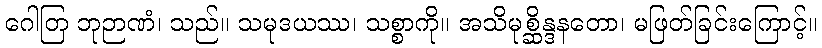
ဂေါတြ ဘုဉာဏံ၊ သည်။ သမုဒယဿ၊ သစ္စာကို။ အသိမုစ္ဆိန္ဒနတော၊ မဖြတ်ခြင်းကြောင့်။